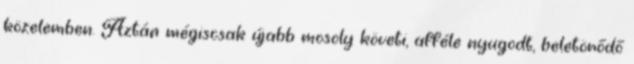
közelemben. Aztán mégiscsak újabb mosoly követi, afféle nyugodt, beletörődő